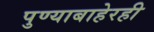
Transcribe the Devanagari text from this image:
पुण्याबाहेरही